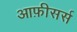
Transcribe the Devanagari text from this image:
आफ़ीसर्स